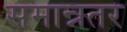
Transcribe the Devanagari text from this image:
समान्नतर